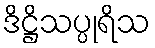
ဒိဋ္ဌိသပ္ပုရိသ